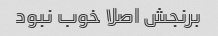
برنجش اصلا خوب نبود